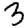
Digit: 3